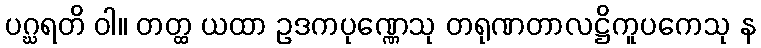
ပဂ္ဃရတိ ဝါ။ တတ္ထ ယထာ ဥဒကပုဏ္ဏေသု တရုဏတာလဋ္ဌိကူပကေသု န